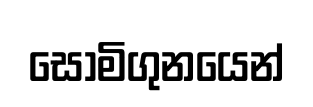
සොමිගුනයෙන්